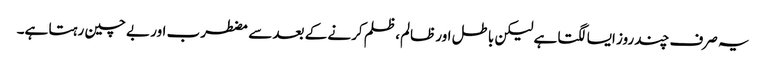
یہ صرف چند روز ایسا لگتا ہے لیکن باطل اور ظالم، ظلم کرنے کے بعد سے مضطرب اور بے چین رہتا ہے۔